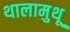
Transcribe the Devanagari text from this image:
थालामुथू